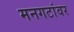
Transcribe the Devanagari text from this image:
मनगटांवर